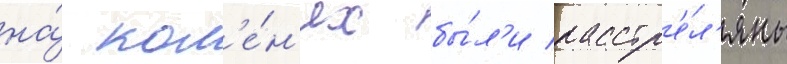
на́ кол'е́н'ях бы́л'и расстр'е́л'яны